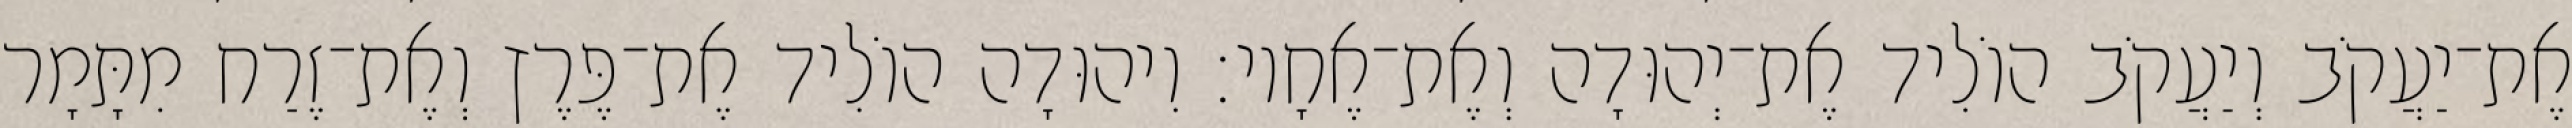
אֶת־יַעֲקֹב וְיַעֲקֹב הוֹלִיד אֶת־יְהוּדָה וְאֶת־אֶחָיו׃ וִיהוּדָה הוֹלִיד אֶת־פֶּרֶץ וְאֶת־זֶרַח מִתָּמָר